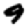
Digit: 9